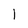
Character: 1